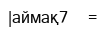
|аймақ7     =